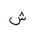
Letter: _shin